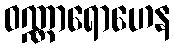
ဝဏ္ဏာရောဟေန